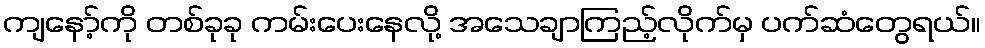
ကျနော့်ကို တစ်ခုခု ကမ်းပေးနေလို့ အသေချာကြည့်လိုက်မှ ပက်ဆံတွေရယ်။